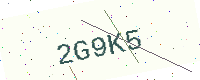
Text: 2G9K5